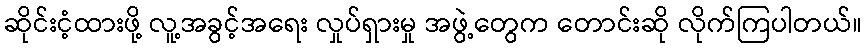
ဆိုင်းငံ့ထားဖို့ လူ့အခွင့်အရေး လှုပ်ရှားမှု အဖွဲ့တွေက တောင်းဆို လိုက်ကြပါတယ်။